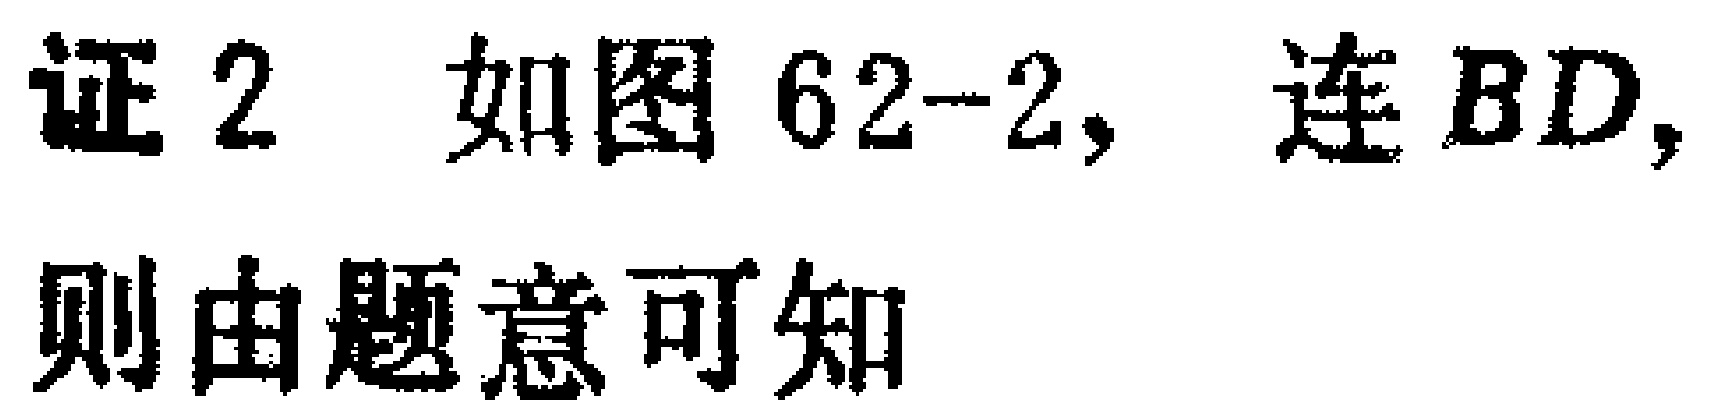
证 2 如图 62-2, 连 \(BD,\) 则由题意可知